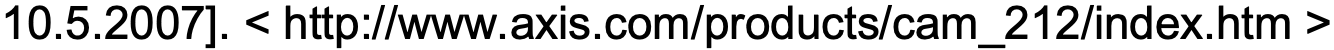
10.5.2007]. < http://www.axis.com/products/cam_212/index.htm >